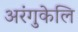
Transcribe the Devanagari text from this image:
अरंगुकेलि